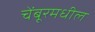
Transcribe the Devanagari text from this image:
चेंबूरमधील